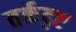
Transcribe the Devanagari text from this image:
तर्कदृष्ट